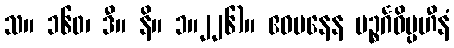
သ။ ၁၆၀၊ ဒီ။ နိ။ ၁။၂၂၆)။ ဧဝမနေန ပဉ္စင်္ဂဝိပ္ပဟီနံ